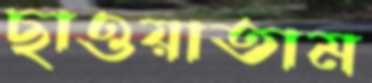
ছাওয়াতাম